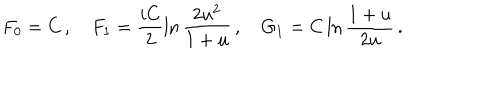
F _ { 0 } = C \, , \quad F _ { 1 } = \frac { i C } 2 \ln \frac { 2 u ^ { 2 } } { 1 + u } \, , \quad G _ { 1 } = C \ln \frac { 1 + u } { 2 u } \, .